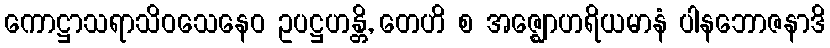
ကောဋ္ဌာသရာသိဝသေနေဝ ဥပဋ္ဌဟန္တိ, တေဟိ စ အဇ္ဈောဟရိယမာနံ ပါနဘောဇနာဒိ